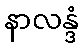
နာလန္ဒံ